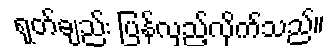
ရုတ်ချည်း ပြန်လှည့်လိုက်သည်။